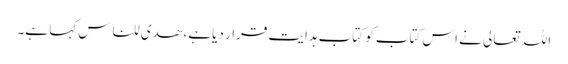
اللہ تعالی نے اس کتاب کو کتاب ہدایت قرار دیا ہے، ھدی للناس کہا ہے۔